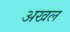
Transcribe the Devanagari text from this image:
अखल